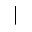
|